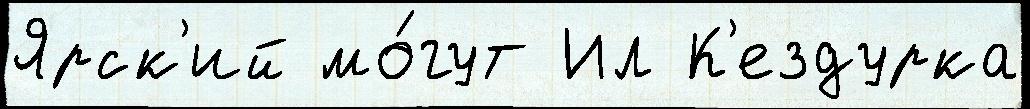
Ярск'ий мо́гут Ил К'ездурка